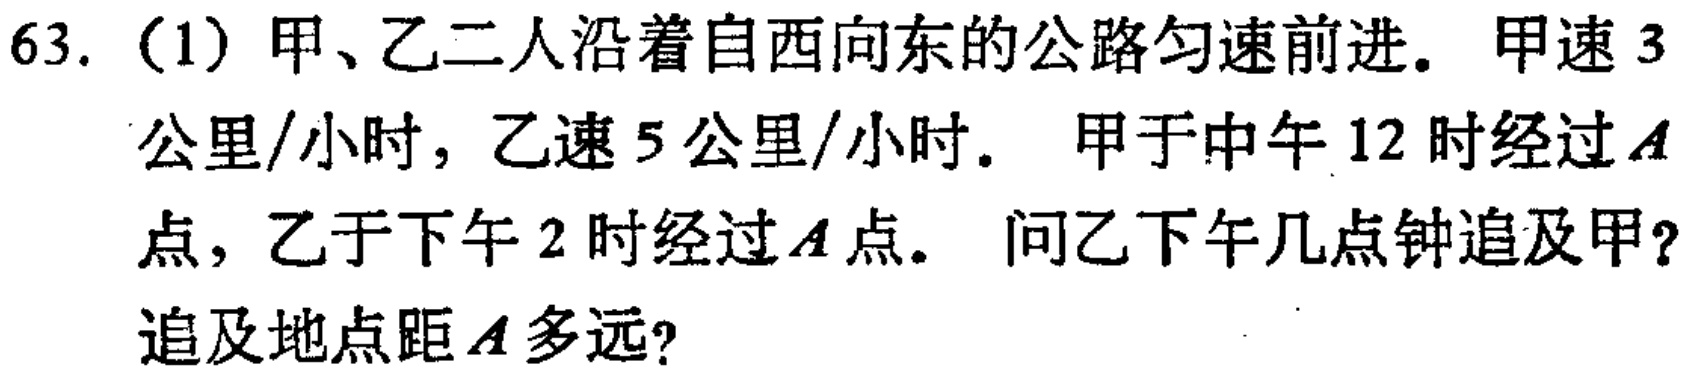
63.（1）甲、乙二人沿着自西向东的公路匀速前进。甲速 3
公里/小时，乙速 5 公里/小时。甲于中午 12 时经过\(A\)
点，乙于下午 2 时经过\(A\)点。问乙下午几点钟追及甲？
追及地点距\(A\)多远？